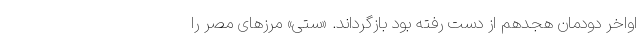
اواخر دودمان هجدهم از دست رفته بود بازگرداند. «ستی» مرزهای مصر را